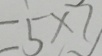
= 5 \times 7